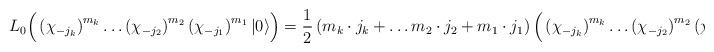
LaTeX: \begin{align*}L_0 \Big(\left(\chi _{-j_k}\right)^{m_k}\dots \left(\chi _{-j_2}\right)^{m_2}\left(\chi _{-j_1}\right)^{m_1}|0\rangle \Big)= \frac{1}{2}\left(m_k\cdot j_k +\dots m_2\cdot j_2 +m_1\cdot j_1\right)\Big(\left(\chi _{-j_k}\right)^{m_k}\dots \left(\chi _{-j_2}\right)^{m_2}\left(\chi _{-j_1}\right)^{m_1}|0\rangle \Big).\end{align*}